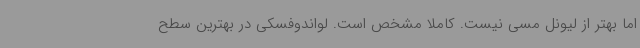
اما بهتر از لیونل مسی نیست. کاملا مشخص است. لواندوفسکی در بهترین سطح